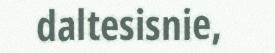
daltesisnie,